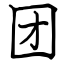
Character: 团